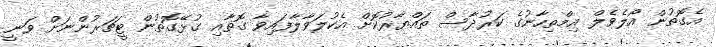
އެގޮތުން އޯލެވެލް އިމްތިހާނުގެ ކަރުދާސް ތައްޔާރުކޮށް އެކުލަވާލާފައިވާ ގޮތާއި ގުޅޭގޮތުން ޓީޗަރުންނަށް ވަނީ